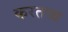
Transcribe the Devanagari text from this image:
करतव्य